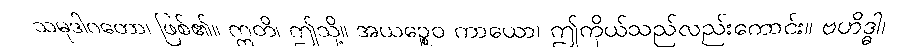
သမုဒါဂတော၊ ဖြစ်၏။ ဣတိ၊ ဤသို့။ အယဉ္စေဝ ကာယော၊ ဤကိုယ်သည်လည်းကောင်း။ ဗဟိဒ္ဓါ၊